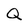
Character: Q